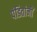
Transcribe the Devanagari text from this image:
पंडितांनीं